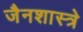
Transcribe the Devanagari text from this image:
जैनशास्त्रे